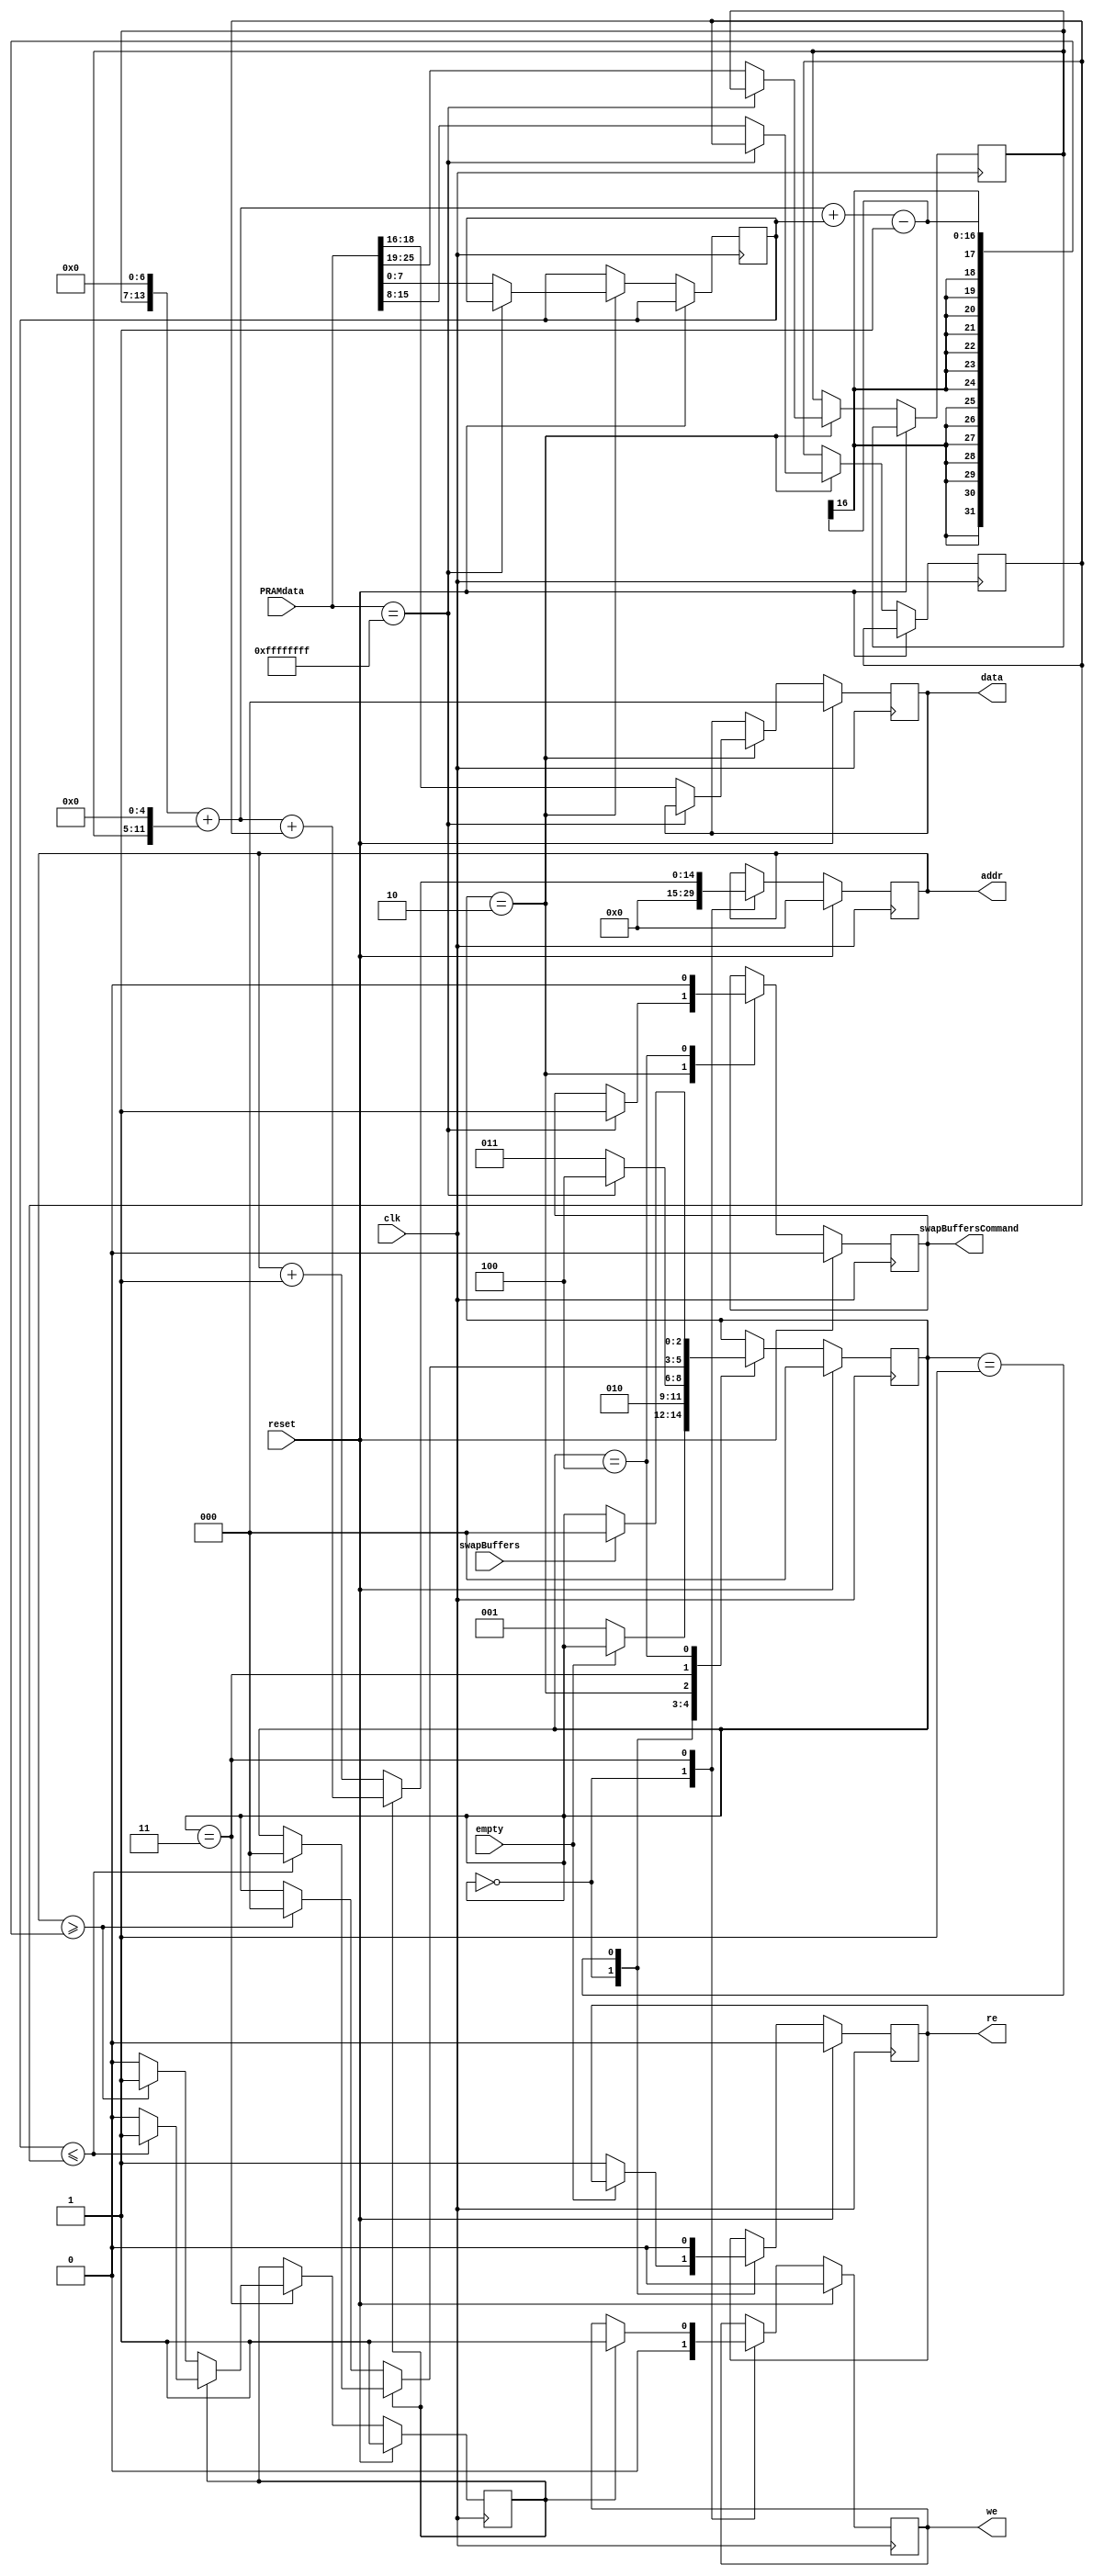
`timescale 1ns / 1ps
//////////////////////////////////////////////////////////////////////////////////
// Company: 
// Engineer: 
// 
// Design Name: 
// Module Name:    Painter 
// Project Name: 
// Target Devices: 
// Tool versions: 
// Description: 
//
// Dependencies: 
//
// Revision: 
// Revision 0.01 - File Created
// Additional Comments: 
//
//////////////////////////////////////////////////////////////////////////////////
module Painter(
	input clk,
	input reset,
	input empty,
	input swapBuffers,
	input [31:0] PRAMdata, //The line, right, left, and color stored in two lines of PRAM by CPU.
	output reg [14:0] addr, //Address (pixel location) in frame buffer.  Only need addressing for 1 buffer.  Which buffer is determined externally.
	output reg [2:0] data, //1 bit routed to each bit-addressed buffer, or all 3 bits if it's the special buffer.
	output reg we, //write enable to frame buffer.
	output reg re,
	output reg swapBuffersCommand //1 when CPU writes 16'hffff to PRAM, time to swap front and back buffer.
    );

parameter read1 = 3'd0;
parameter read2 = 3'd1;
parameter read3 = 3'd2;
parameter paint = 3'd3;
parameter pause = 3'd4;

reg newline; //Set to one when it's time to read in the next line.
reg[2:0] state; //Either paused, read line 1 of mem, read line 2 of mem.
reg[7:0] left; //Start of pixel line, 0-159
reg[7:0] right; //End of pixel line, 0-159
reg[6:0] line; //Horizontal line of pixels, 0-119

always@(posedge clk)
begin
	if (reset == 1'b1)
		begin
			state <= read1;
			newline <= 1;
			addr <= 0;
			data <= 0;
			we <= 0;
			re <= 0;
			swapBuffersCommand <= 0;
		end
	else begin
	
	case(state)
	read1:
	begin
		//swapBuffersCommand <= 0;
		we <= 0;
		addr <= 0;
		if (!empty)
		begin
			re <= 1;
			state <= read2;
		end
	end
	
	read2:
	begin
		re <= 0;
		state <= read3;
	end
	
	read3:	
	begin
		if (PRAMdata == 32'hffffffff)
		begin
			swapBuffersCommand <= 1;
			state <= pause;
		end
		else
		begin
			line <= PRAMdata[25:19];
			data <= PRAMdata[18:16];
			left <= PRAMdata[15:8];
			right <= PRAMdata[7:0];
			state <= paint;
		end
	end
			
	paint:
		begin
			if (newline)
				begin
					we <= 1;
					//addr <= line * 160 + left; //Optimizable to line << 7 + line << 5 (Meaning line * 128 + line * 32) if necessary.
					addr <= (line << 7) + (line << 5) + left; //Optimizable to line << 7 + line << 5 (Meaning line * 128 + line * 32) if necessary.
					if (right <= left)
						begin
							newline <= 1;
							state <= read1;
						end
					else
						newline <= 0;
				end
			//else if (addr >= (line * 160 + right - 1))
			else if (addr >= ((line << 7) + (line << 5) + right - 1))
				begin
					addr <= addr + 1;
					newline <= 1;
					state <= read1;
				end
			else
				begin
					addr <= addr + 1;
				end
		end
		
	pause:
		begin
			if (swapBuffers)
				state <= read1;
			swapBuffersCommand <= 0;
		end
	endcase
	end //END reset else.
end

endmodule